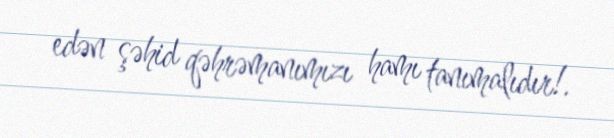
edən şəhid qəhrəmanımızı hamı tanımalıdır!.